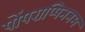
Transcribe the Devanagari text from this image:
पोंपराप्पिननम